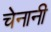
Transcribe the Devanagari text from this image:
चेनानी